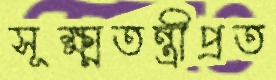
সূক্ষ্মতন্ত্রীপ্রত